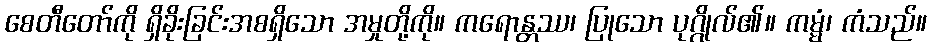
စေတီတော်ကို ရှိခိုးခြင်းအစရှိသော အမှုတို့ကို။ ကရောန္တဿ၊ ပြုသော ပုဂ္ဂိုလ်၏။ ကမ္မံ၊ ကံသည်။